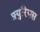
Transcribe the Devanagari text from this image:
फ़्युरियस